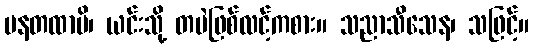
ပနတထာပိ၊ ယင်းသို့ တပဲဖြစ်လင့်ကစား။ သညာသီသေန၊ သဖြင့်။